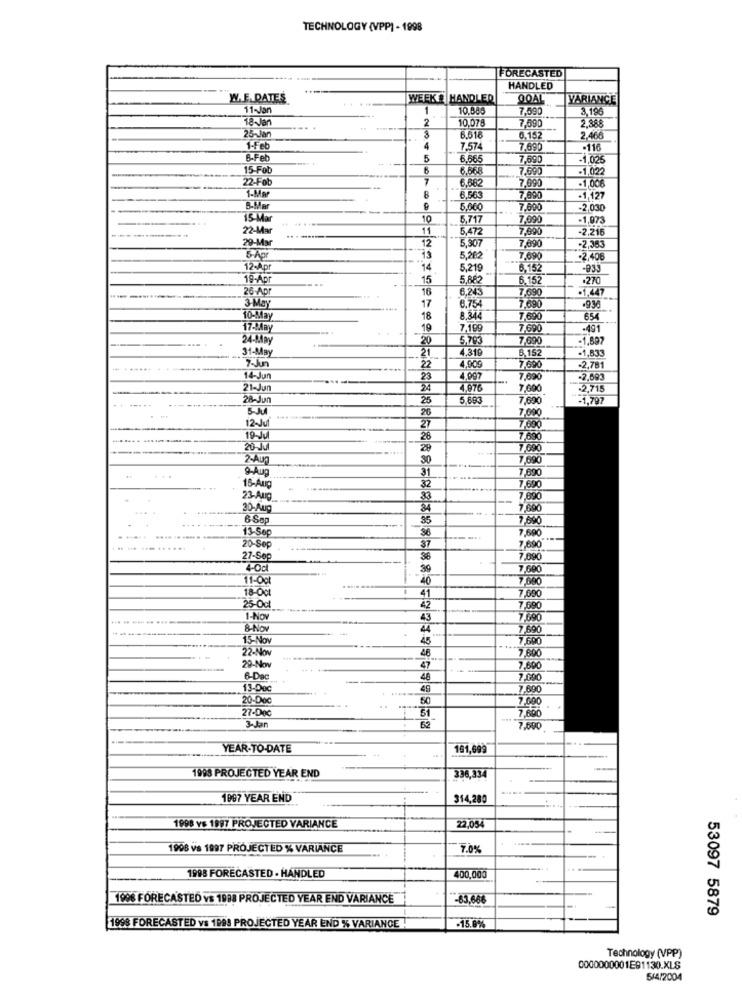
TECHNOLOGY (VPP) - 1998
FORECASTED
HANDLED
W.E. DATES
WEEK & HANDLED
QOAL
VARIANCE
11-Jan
1
10.886
7,590
3,196
18-Jan
2
10.078
7,590
2,388
25-Ja
6.518
6.152
2.466
1-Feb
4
7.574
7,690
-116
6-Fel
--
5
6,565
7,690
-1,025
15-Feb
8.5€
7.590
-1.022
22-Fob
6.582
7,690
1-Mar
-1,00€
B
6.563
7,890
-1,127
5,060
7,800
-2,030
15-Mar
10
5,717
7,090
-1,973
22-Mar
11
5,472
7,690
-2,216
29-Mar
12
5.507
7,090
-2,353
5-Apr
13
5,28
7,690
-2,40€
12-Apr
14
5,219
6,152
-933
19-Apr
15
5,882
6.152
.270
26-Apr
16
6.243
=1,447
6.754
7.690
3 May
-.....
17
7,690
-936
10-May
18
8.344
7,690
654
17-May
19
7,199
7,500
-491
... .
24-May
20
5.793
7,990
-1,897
31-May
21
4.319
6,152
7-Jun
4.909
......
22
7.600
-2,781
14-Jun
23
4.007
-.
7,090
-2,693
21-Jun
24
4.976
7,600
+2,715
28-Jun
25
5.693
7,690
=1,797
----
5-JU
26
7.000
12-Jul
27
-
7,690
19-Jul
26
20-JU
28
7,690
2-Aun
30
7,690
9-Aug
31
890
15-Aug
32
690
23-Aug
33
890
30-Aug
84
7,690
6 Sep
35
7,690
73-Sep
7,690
20-Sep
37
7,890
27-Sep
7,890
4-Oct
39
7,600
11-Oct
40
18-Oct
41
690
25-Oct
42
690
1-Nov
43
590
8-Nov
44
7690
15-Nov
45
7,690
22-Nov
29-Nov
7,690
47
7,600
6-Dac
48
7,090
13-Dec
49
7690
20-00c
50
27-Dec
7,600
3-Jan
7,690
YEAR-TO-DATE
181,699
1998 PROJECTED YEAR END
336,334
1997 YEAR END
314,280
1998 Ys 1997 PROJECTED VARIANCE
22,054
--
1998 vs 1997 PROJECTED % VARIANCE
7.0%
1998 FORECASTED · HANDLED
400,000
1996 FORECASTED vs 1998 PROJECTED YEAR END VARIANCE
-83,666
53097 5879
1998 FORECASTED vs 1999 PROJECTED YEAR END % VARIANCE
-15.0%
Technology (VPP)
0000000001E91130.XLS
5/4/2004